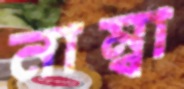
নাম্বা